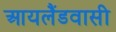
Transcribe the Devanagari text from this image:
आयलैंडवासी